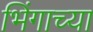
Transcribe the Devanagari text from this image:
भिंगाच्या